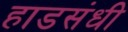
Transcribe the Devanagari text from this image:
हाडसंधी